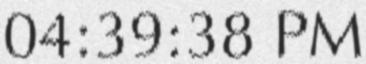
04:39:38 PM